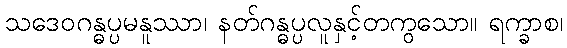
သဒေဝဂန္ဓပ္ပမနူဿာ၊ နတ်ဂန္ဓပ္ပလူနှင့်တကွသော။ ရက္ခာစ၊